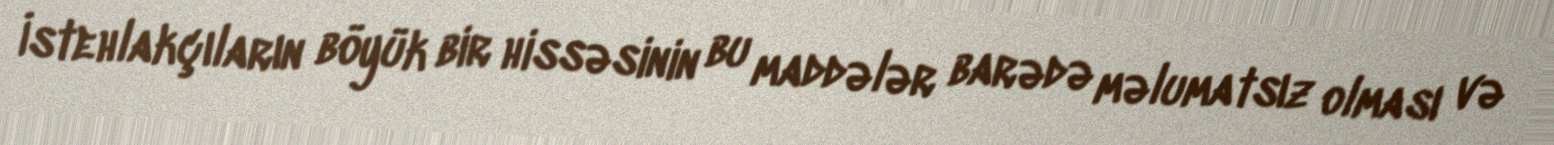
İstehlakçıların böyük bir hissəsinin bu maddələr barədə məlumatsız olması və